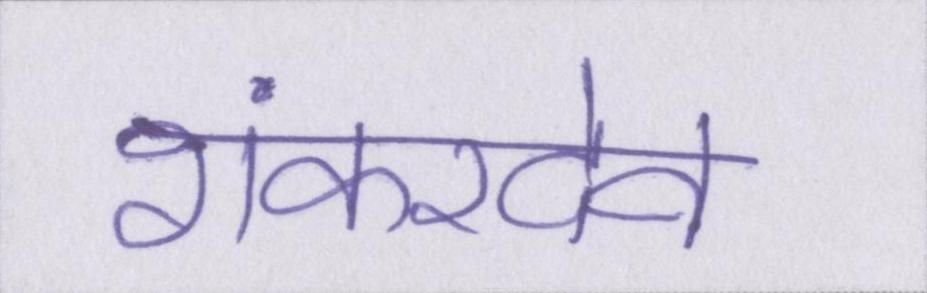
शंकरदेव